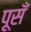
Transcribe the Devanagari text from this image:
पूसँ